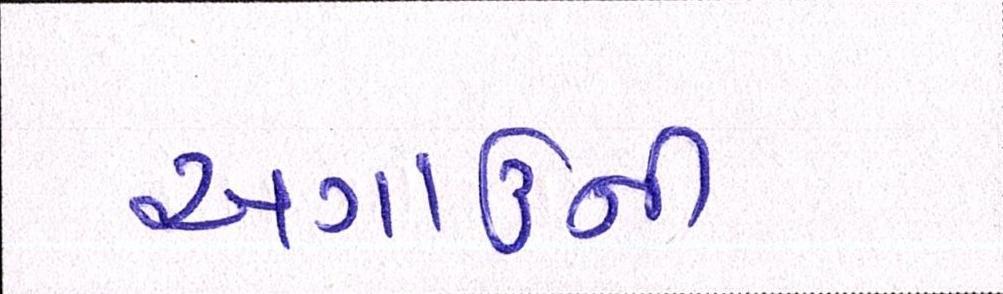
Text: અગાઉની